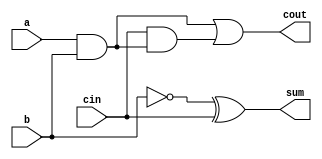
module full_adder4(a,b,cin,sum,cout);
input a,b,cin;
output sum,cout;
assign sum = 1'b1^b^cin;
assign cout = a&b|cin&(a&b); 
// initial begin
//     $display("The incorrect adder with xor0 having in1/1");
// end   
endmodule